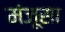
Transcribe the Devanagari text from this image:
मंजूसा